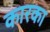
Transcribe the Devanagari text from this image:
कारका